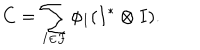
C = \sum _ { I \in F } \phi _ { I } ( I ^ { * } \otimes I ) .